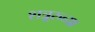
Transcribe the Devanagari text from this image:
शत्रूरुच्या